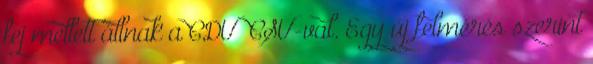
fej mellett állnak a CDU CSU-val. Egy új felmérés szerint